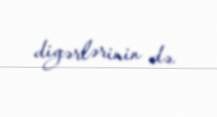
digərlərinin də.